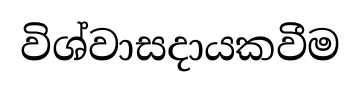
විශ්වාසදායකවීම